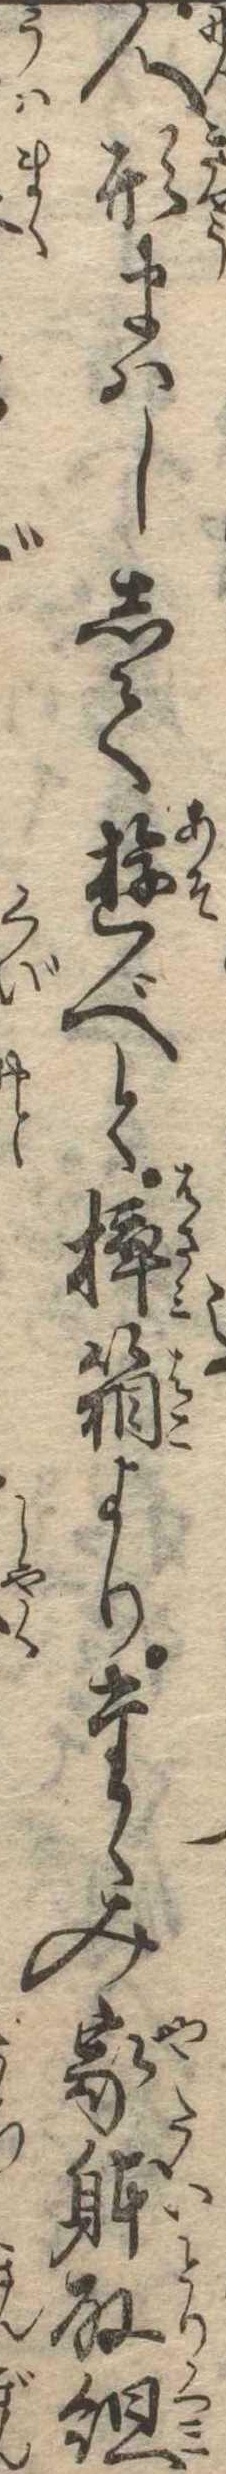
人形まはしして遊べと挟箱よりたゝみ家体取組